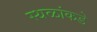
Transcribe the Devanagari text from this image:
स्थळांकडे